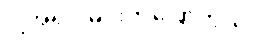
ငါ့အရင် မင်းကပြောကွယ်